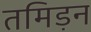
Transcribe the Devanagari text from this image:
तमिड़न